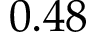
0 . 4 8